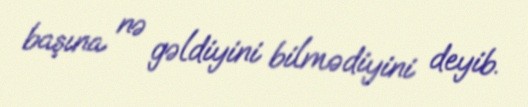
başına nə gəldiyini bilmədiyini deyib.